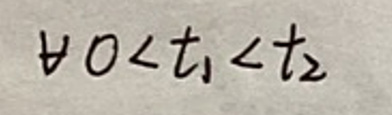
$0 < t _ { 1 } < t _ { 2 }$